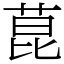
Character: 菎